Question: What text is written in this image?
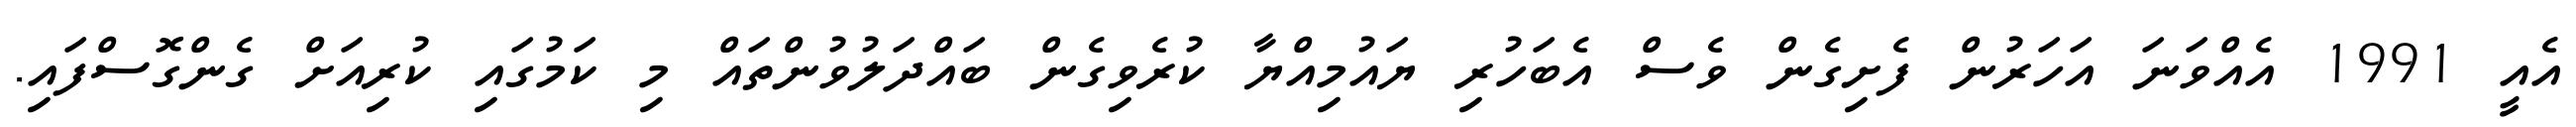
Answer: އެއީ 1991 އެއްވަނަ އަހަރުން ފެށިގެން ވެސް އެބަހުރި ޔައުމިއްޔާ ކުރެވިގެން ބައްދަލުވުންތައް މި ކަމުގައި ކުރިއަށް ގެންގޮސްފައި.